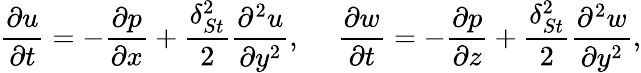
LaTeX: \frac{\partial u}{\partial t}=-\frac{\partial p}{\partial x}+\frac{\delta_{St}^{2}}{2}\frac{\partial^{2}u}{\partial y^{2}},\ \ \ \ \ \frac{\partial w}{\partial t}=-\frac{\partial p}{\partial z}+\frac{\delta_{St}^{2}}{2}\frac{\partial^{2}w}{\partial y^{2}},